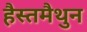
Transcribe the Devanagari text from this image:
हैस्तमैथुन